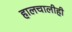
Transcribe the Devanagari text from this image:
हालचालीही